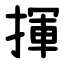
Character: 揮